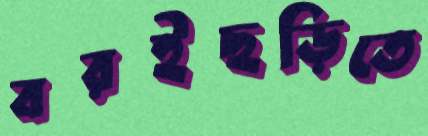
বরইছড়িতে